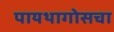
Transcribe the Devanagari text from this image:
पायथागोसचा